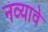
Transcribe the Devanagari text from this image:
नव्यावे